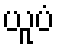
ယူပံ